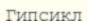
Гипсикл